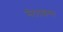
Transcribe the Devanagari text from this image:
सेंटटाइम्स